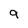
Character: 9